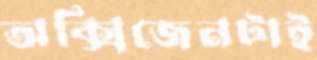
অক্সিজেনটাই